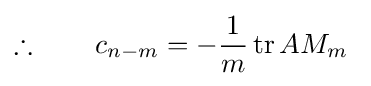
\therefore \qquad c_{n-m}=-{\frac {1}{m}}\operatorname {tr} AM_{m}~